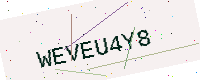
Text: WEVEU4Y8